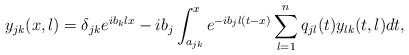
\begin{align*} y_{jk}(x,\l) = \delta_{jk}e^{i b_k \l x} -i b_j \int_{a_{jk}}^x e^{-i b_j \l (t-x)} \sum_{l=1}^n q_{jl}(t)y_{lk}(t,\l)dt,\end{align*}